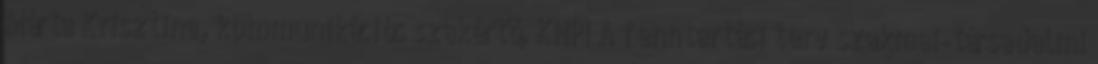
Márta Krisztina, kommunikációs szakértő, KNPI A fenntartási terv szakmai-társadalmi